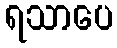
ရသာပေ